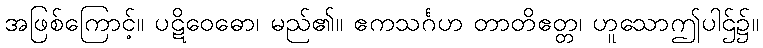
အဖြစ်ကြောင့်။ ပဋိဝေဓော၊ မည်၏။ ဧကသင်္ဂဟ တာတိဧတ္တ၊ ဟူသောဤပါဌ်၌။